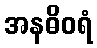
အနဓိဝရံ